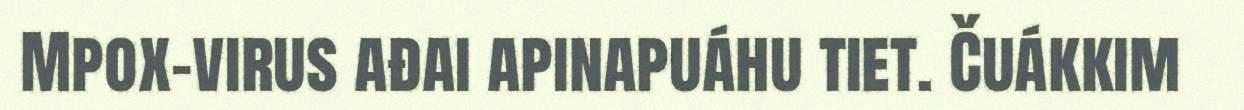
Mpox-virus ađai apinapuáhu tiet. Čuákkim